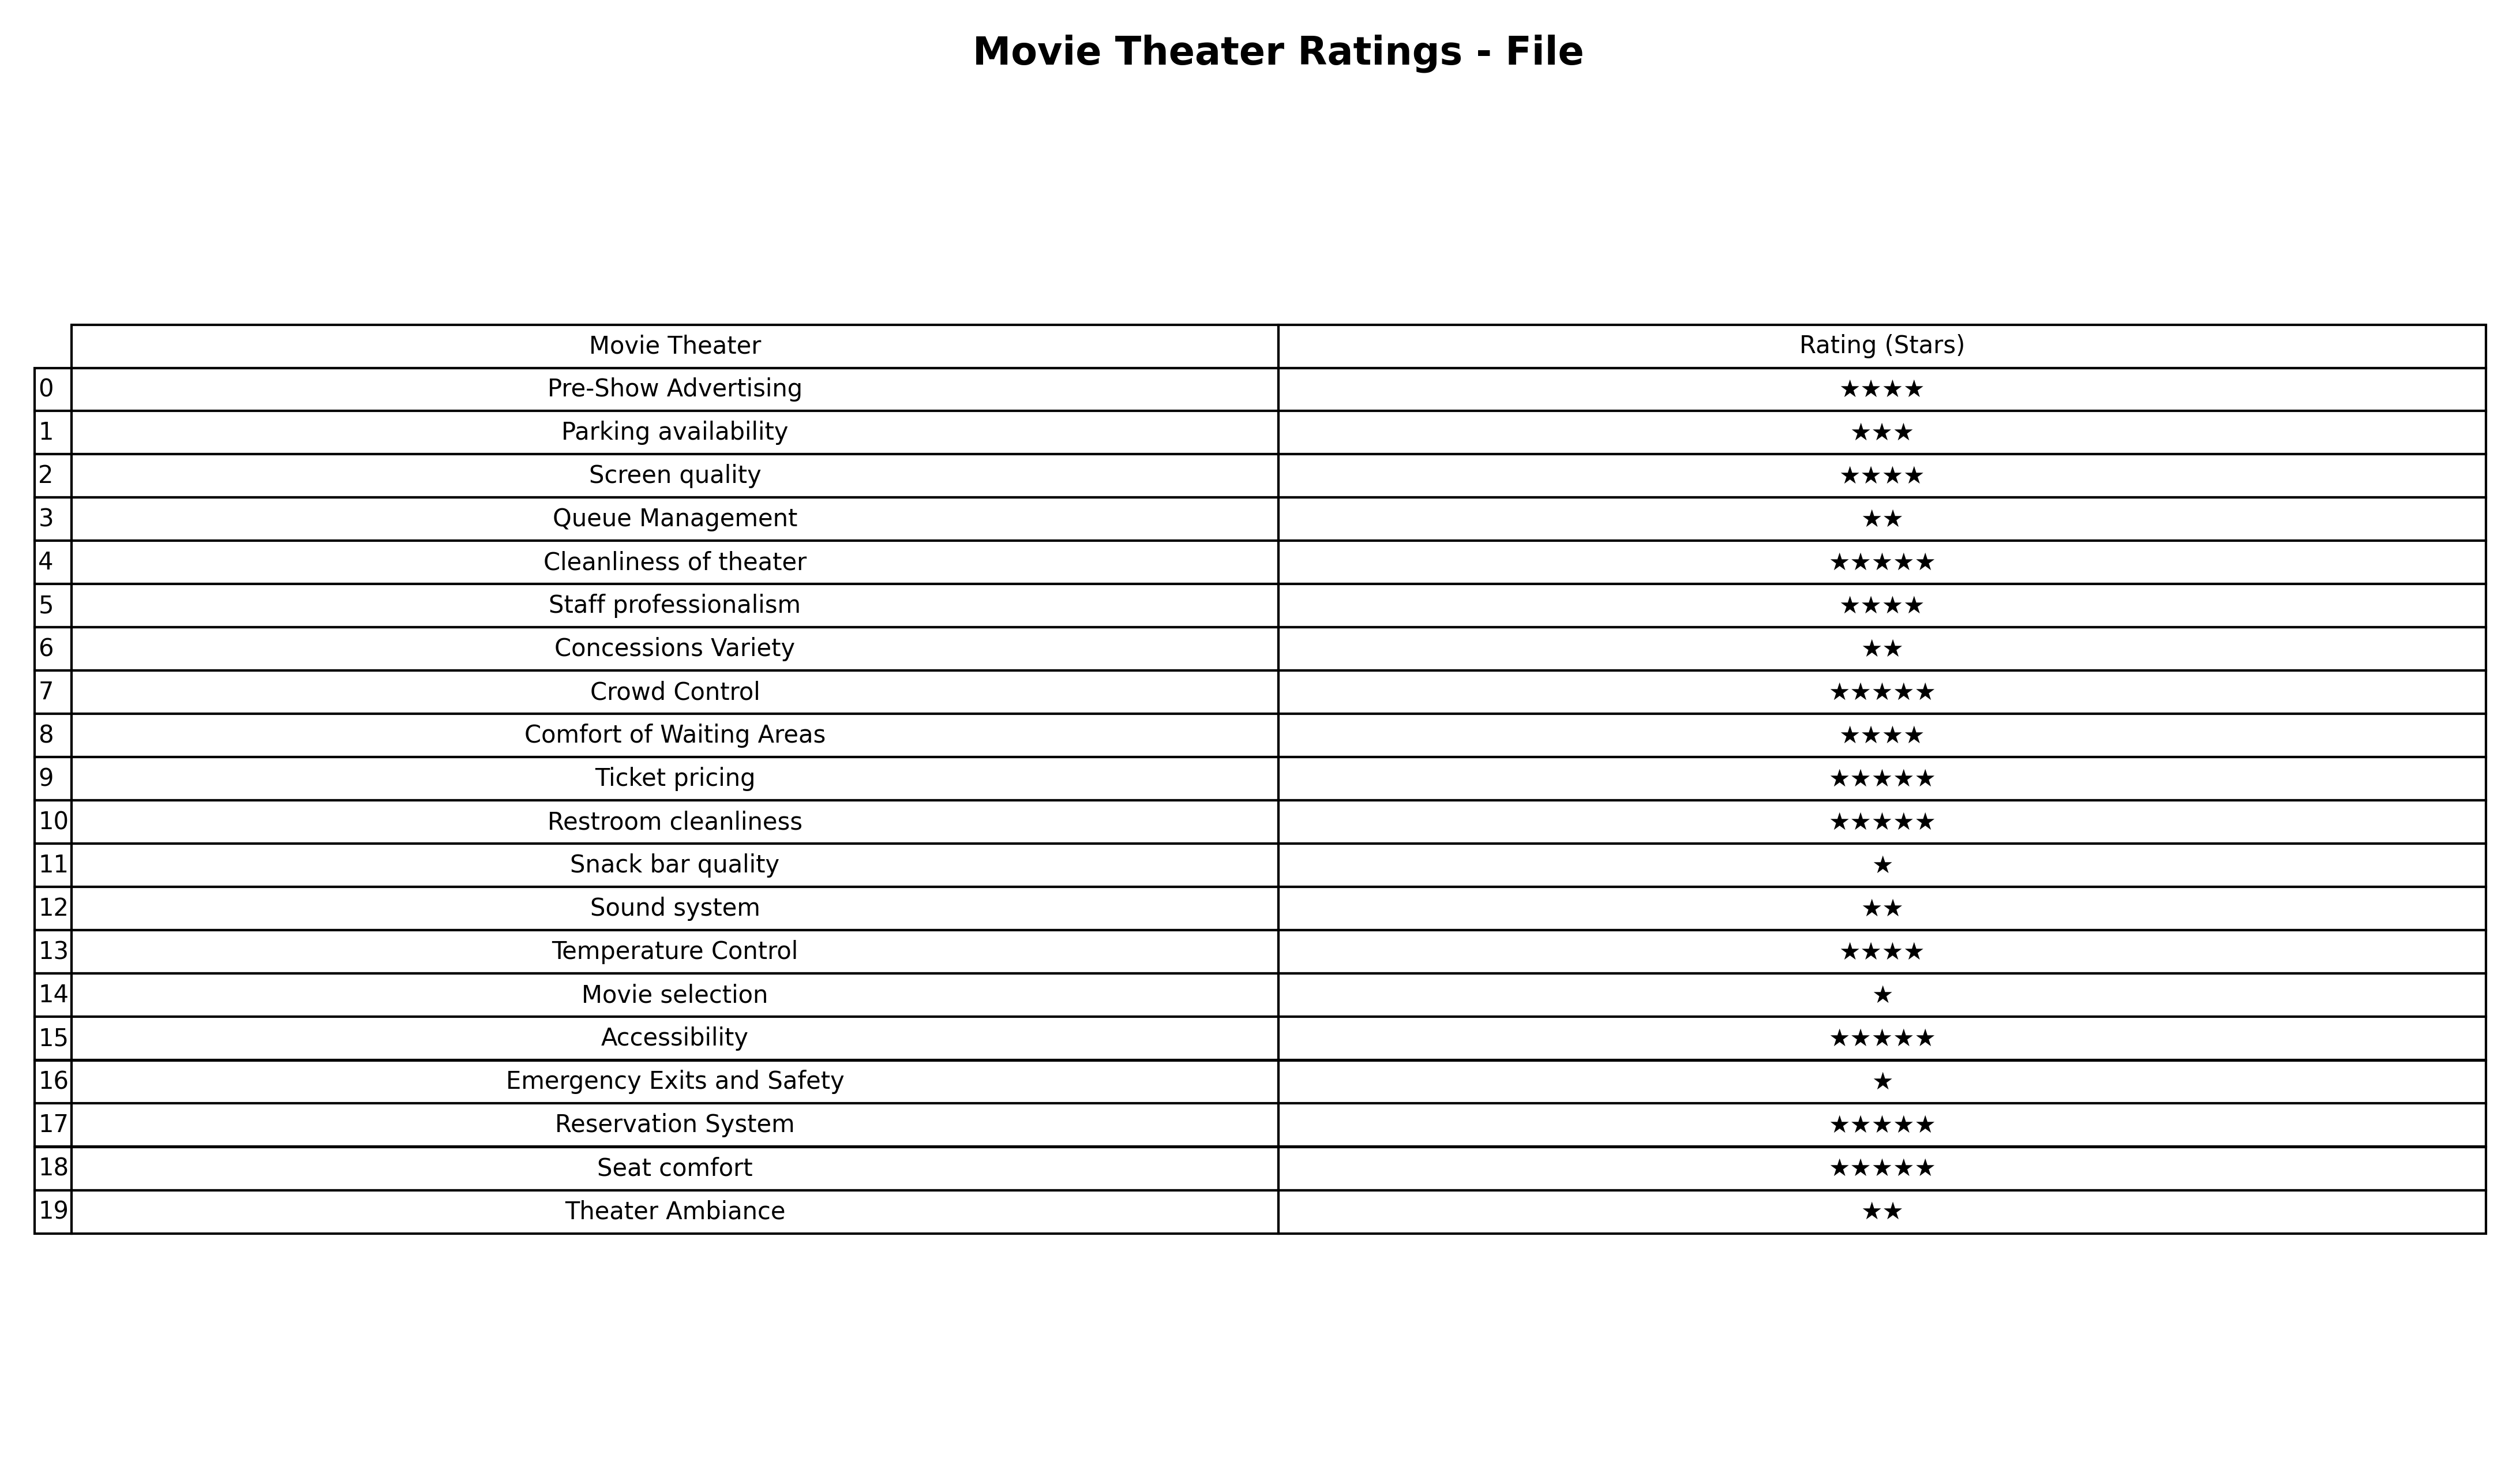
question: Which services are rated average?
answer: Parking availability